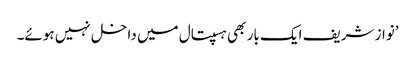
’نواز شریف ایک بار بھی ہسپتال میں داخل نہیں ہوئے۔